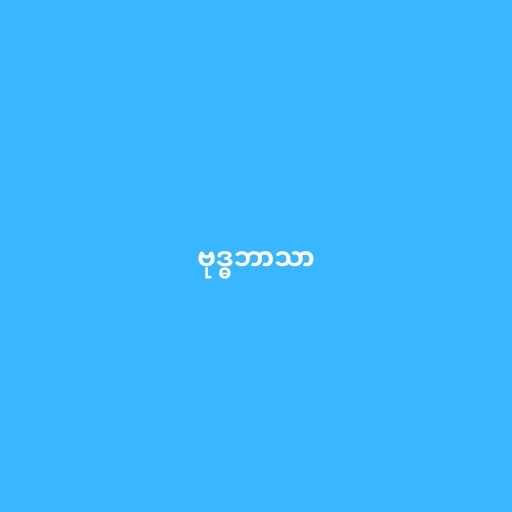
ဗုဒ္ဓဘာသာ